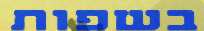
בשפות